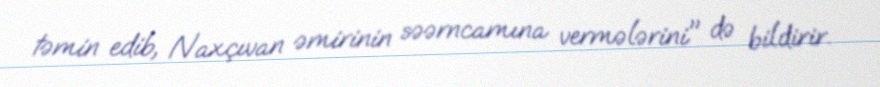
təmin edib, Naxçıvan əmirinin səərncamına vermələrini" də bildirir.